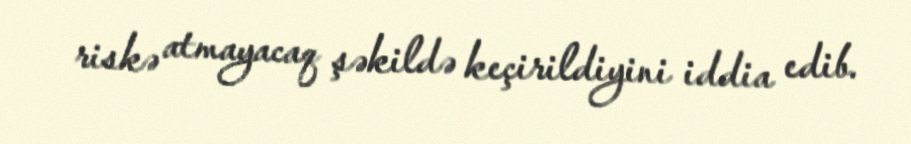
riskə atmayacaq şəkildə keçirildiyini iddia edib.